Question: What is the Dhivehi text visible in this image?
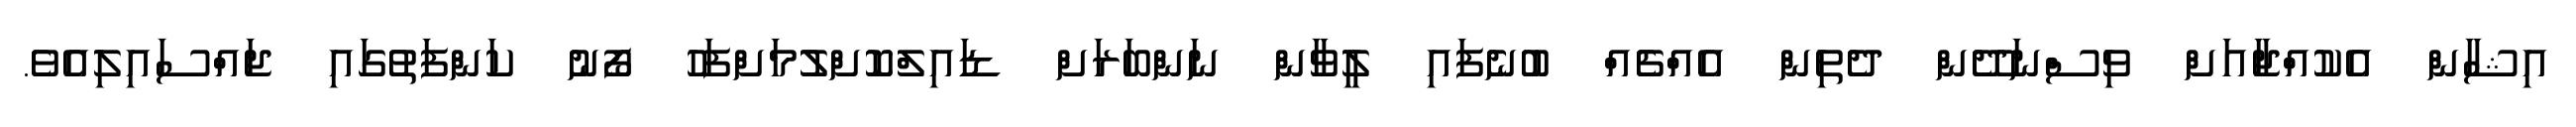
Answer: އިޝާން އެކުއްޖާއަށް ވިސްނަދޭން ދެތިން އެއްޗެއް ބުނެފައި ލީވާން ނަންބަރަށް ޑައިލްކޮށްލުމަށްފަހު ފޯނު ކަންފަތުގައި ޖައްސައިލިއެވެ.